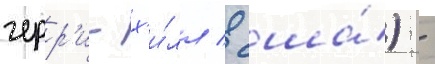
черр'и-х'и́лл / сша́) -